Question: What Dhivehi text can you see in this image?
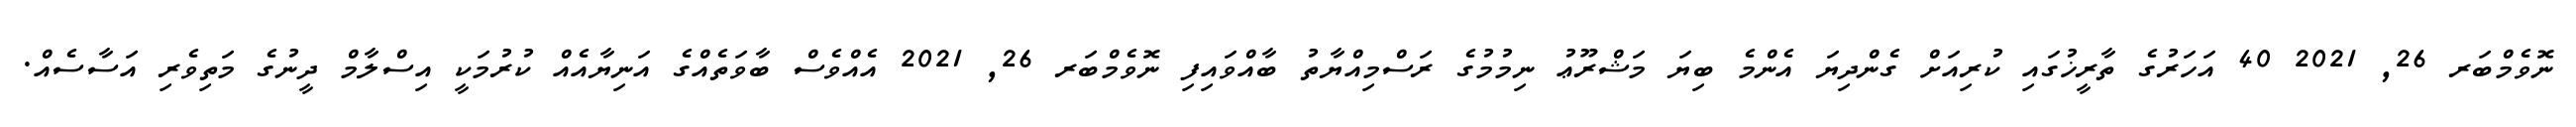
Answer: ނޮވެމްބަރ 26, 2021 40 އަހަރުގެ ތާރީޚުގައި ކުރިއަށް ގެންދިޔަ އެންމެ ބިޔަ މަޝްރޫޢު ނިމުމުގެ ރަސްމިއްޔާތު ބާއްވައިފި ނޮވެމްބަރ 26, 2021 އެއްވެސް ބާވަތެއްގެ އަނިޔާއެއް ކުރުމަކީ އިސްލާމް ދީނުގެ މަތިވެރި އަސާސެއް.